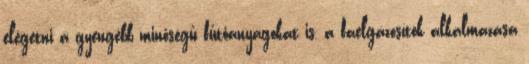
elégetni a gyengébb minőségű fűtőanyagokat is, a faelgázosítók alkalmazása